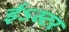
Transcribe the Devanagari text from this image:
ईऽस्टर